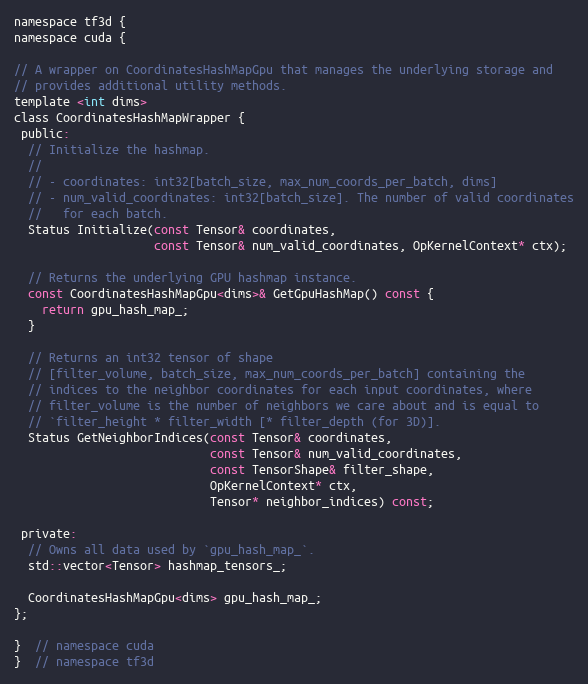
Language: C
namespace tf3d {
namespace cuda {

// A wrapper on CoordinatesHashMapGpu that manages the underlying storage and
// provides additional utility methods.
template <int dims>
class CoordinatesHashMapWrapper {
 public:
  // Initialize the hashmap.
  //
  // - coordinates: int32[batch_size, max_num_coords_per_batch, dims]
  // - num_valid_coordinates: int32[batch_size]. The number of valid coordinates
  //   for each batch.
  Status Initialize(const Tensor& coordinates,
                    const Tensor& num_valid_coordinates, OpKernelContext* ctx);

  // Returns the underlying GPU hashmap instance.
  const CoordinatesHashMapGpu<dims>& GetGpuHashMap() const {
    return gpu_hash_map_;
  }

  // Returns an int32 tensor of shape
  // [filter_volume, batch_size, max_num_coords_per_batch] containing the
  // indices to the neighbor coordinates for each input coordinates, where
  // filter_volume is the number of neighbors we care about and is equal to
  // `filter_height * filter_width [* filter_depth (for 3D)].
  Status GetNeighborIndices(const Tensor& coordinates,
                            const Tensor& num_valid_coordinates,
                            const TensorShape& filter_shape,
                            OpKernelContext* ctx,
                            Tensor* neighbor_indices) const;

 private:
  // Owns all data used by `gpu_hash_map_`.
  std::vector<Tensor> hashmap_tensors_;

  CoordinatesHashMapGpu<dims> gpu_hash_map_;
};

}  // namespace cuda
}  // namespace tf3d